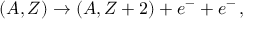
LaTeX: ( A , Z ) \to ( A , Z + 2 ) + e ^ { - } + e ^ { - } \, ,